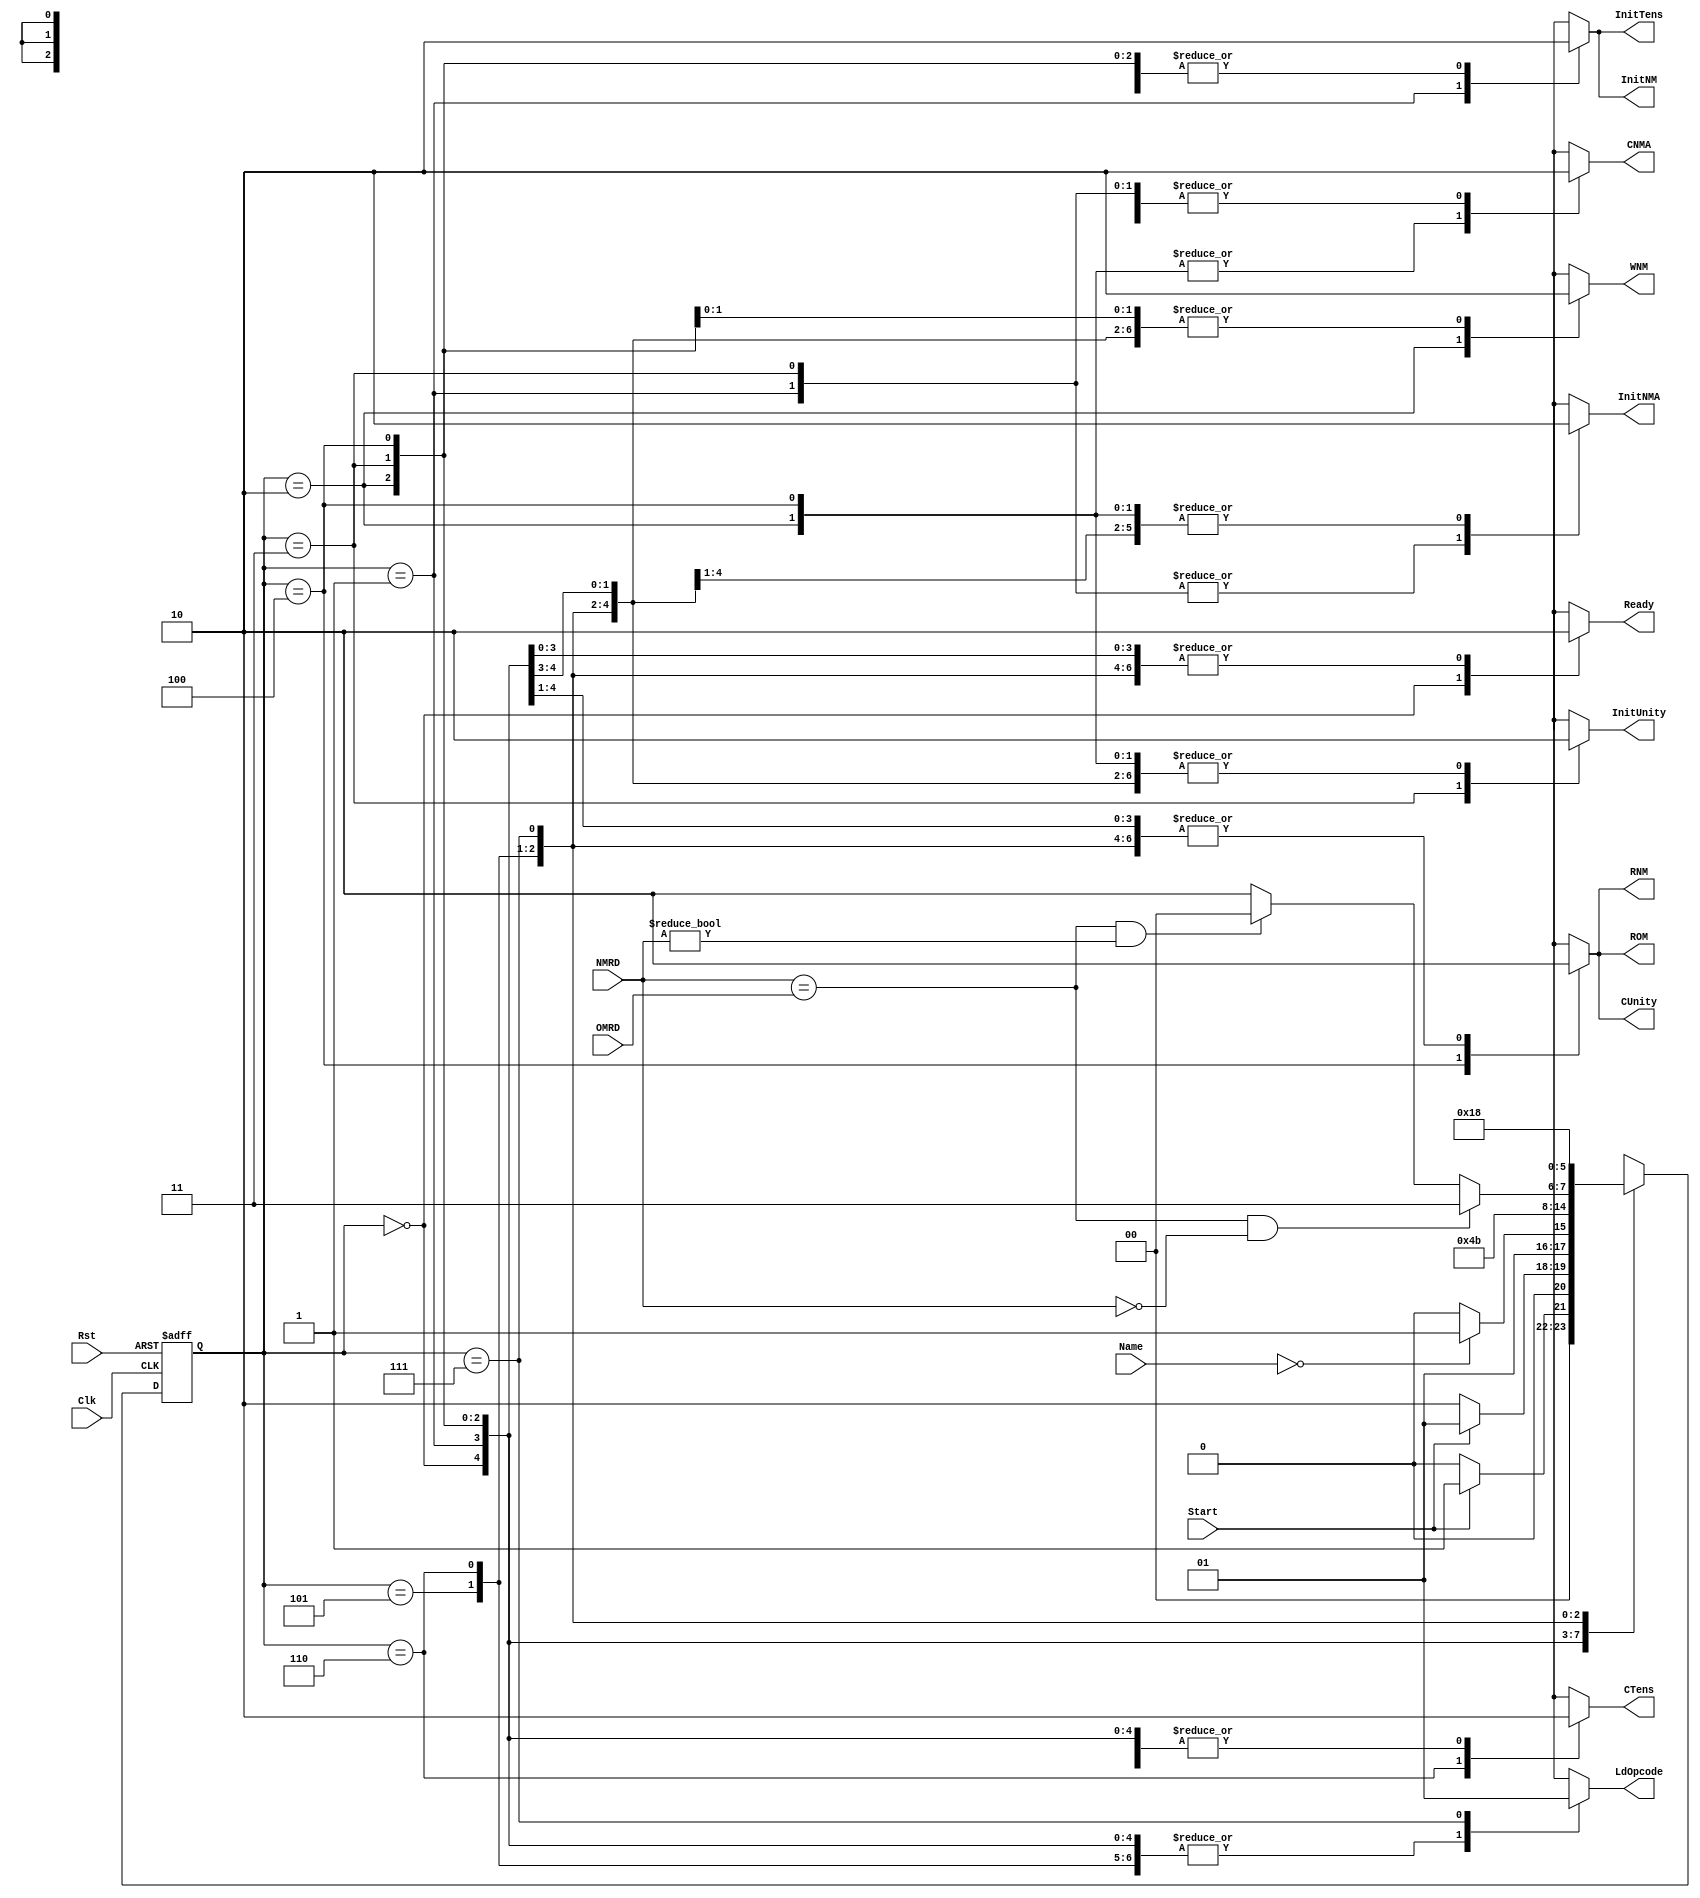
module OC_Controller(input [7:0]Name,NMRD,OMRD,input Start,Clk,Rst,output reg Ready,InitNM,InitNMA,InitTens,InitUnity,CNMA,CTens,CUnity,WNM,RNM,ROM,LdOpcode);
  parameter [2:0]Idle=3'h0,Init1=3'h1,GetName=3'h2,Init2=3'h3,ReadChar=3'h4,Compare=3'h5,CountTens=3'h6,WriteOpcode=3'h7;
  reg [2:0]ps,ns;
  always @(ps,Start,Name,NMRD,OMRD) begin
    begin ns=Idle;{Ready,InitNM,InitNMA,InitTens,InitUnity,CNMA,CTens,CUnity,WNM,RNM,ROM,LdOpcode}=12'h0; end
    case(ps)
      Idle:begin ns=Start?Init1:Idle;Ready=1; end
      Init1:begin ns=Start?Init1:GetName;InitNM=1;InitNMA=1;InitTens=1; end
      GetName:begin ns=(Name==8'h0)?Init2:GetName;WNM=1;CNMA=1; end
      Init2:begin ns=ReadChar;InitNMA=1;InitUnity=1; end
      ReadChar:begin ns=Compare;RNM=1;ROM=1;CNMA=1;CUnity=1; end
      Compare:begin ns=(NMRD==OMRD & NMRD==8'h0)?WriteOpcode:(NMRD==OMRD & NMRD!=8'h0)?ReadChar:CountTens; end
      CountTens:begin ns=Init2;CTens=1; end
      WriteOpcode:begin ns=Idle;LdOpcode=1; end
      default:begin ns=Idle;{Ready,InitNM,InitNMA,InitTens,InitUnity,CNMA,CTens,CUnity,WNM,RNM,ROM,LdOpcode}=12'h0; end
    endcase
  end
  always @(posedge Clk,posedge Rst) begin
   if (Rst) ps<=Idle;
   else ps<=ns;
  end
endmodule